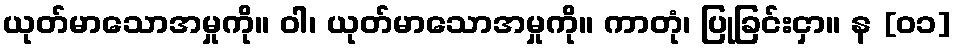
ယုတ်မာသောအမှုကို။ ဝါ၊ ယုတ်မာသောအမှုကို။ ကာတုံ၊ ပြုခြင်းငှာ။ န [၀၁]